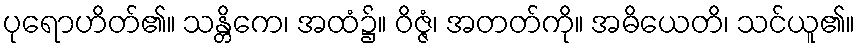
ပုရောဟိတ်၏။ သန္တိကေ၊ အထံ၌။ ဝိဇ္ဇံ၊ အတတ်ကို။ အဓိယေတိ၊ သင်ယူ၏။